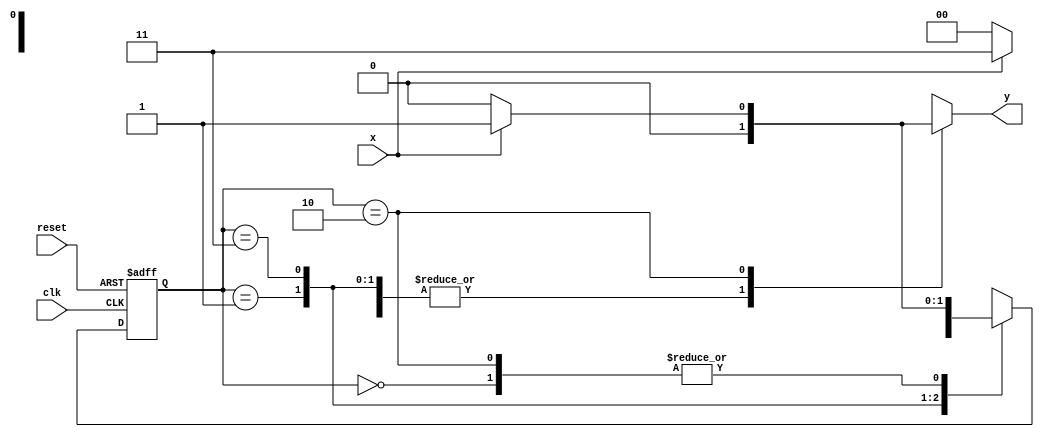
//------------------------------------
// Nome: Patrick Flvio Teixeira Coura
//-------------------------------------

// -------------- 
// --- Mealy FSM 
// --------------
 
/* 
              Mealy FSM Diagram 
             __________________ 
            /                  \ 
         1 v      1        0  1 | // found 
 [start] ---> [id1] ---> [id11] ---> [id110] 
  ^ \0        0 |       1 / ^           0 | // not found 
  \_/          /         \__/             | 
    \_________/                            / 
     \                                  / 
      \________________________________/ 

*/ 

// constant definitions 
`define found 1 
`define notfound 0 

// FSM by Mealy 
module mealy1101 ( y, x, clk, reset ); 
output y; 
input x; 
input clk; 
input reset; 

reg y; 

parameter // state identifiers 
start = 2'b00, 
id1 = 2'b01, 
id11 = 2'b11, 
id110 = 2'b10; 

reg [1:0] E1; // current state variables 
reg [1:0] E2; // next state logic output 

// next state logic 
always @( x or E1 ) 
begin 
y = `notfound; 
case ( E1 ) 
start: 
if ( x ) 
E2 = id1; 
else 
E2 = start; 
id1: 
if ( x ) 
E2 = id11; 
else 
E2 = start; 
id11: 
if ( x ) 
E2 = id11; 
else 
E2 = id110; 
id110: 
if ( x ) 
begin 
E2 = id1; 
y = `found; 
end 
else 
begin 
E2 = start; 
y = `notfound; 
end 
default: // undefined state 
E2 = 2'bxx; 
endcase 
end // always at signal or state changing 

// state variables 
always @( posedge clk or negedge reset ) 
begin 
if ( reset ) 
E1 = E2; // updates current state 
else 
E1 = 0; // reset 
end // always at signal changing 

endmodule // mealy1101